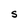
Character: S